Plague in India, 1896, 1897 - Volume 2
Year: 1896
Disease focus: Plague
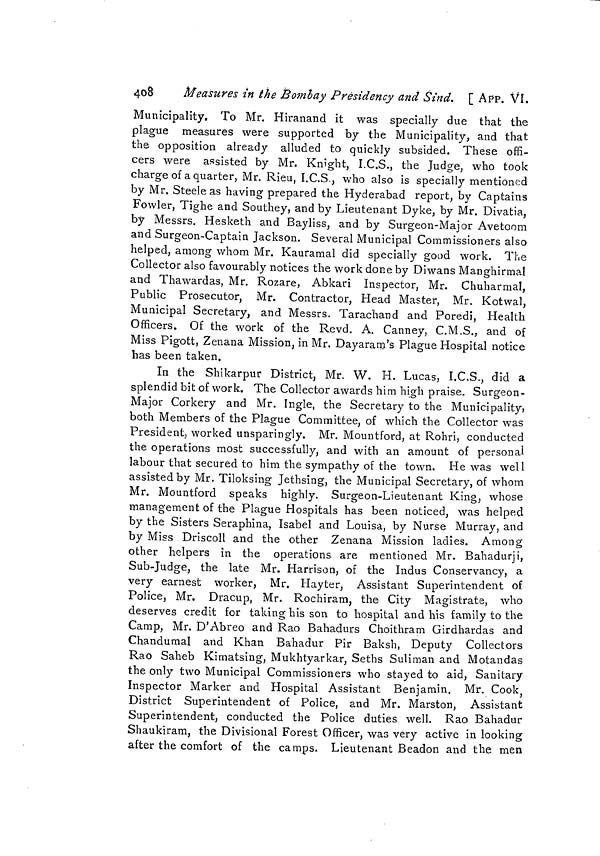
408
Measures in the Bombay Presidency and Sind. [ APP. VI.
Municipality. To Mr. Hiranand it was specially due that the
plague measures were supported by the Municipality, and that
the opposition already alluded to quickly subsided. These offi-
cers were assisted by Mr. Knight, I.C.S., the Judge, who took
charge of a quarter, Mr. Rieu, I.C.S., who also is specially mentioned
by Mr. Steele as having prepared the Hyderabad report, by Captains
Fowler, Tighe and Southey, and by Lieutenant Dyke, by Mr. Divatia,
by Messrs. Hesketh and Bayliss, and by Surgeon-Major Avetoom
and Surgeon-Captain Jackson. Several Municipal Commissioners also
helped, among whom Mr. Kauramal did specially good work. The
Collector also favourably notices the work done by Diwans Manghirmal
and Thawardas, Mr. Rozare, Abkari Inspector, Mr. Chuharmal,
Public Prosecutor, Mr. Contractor, Head Master, Mr. Kotwal,
Municipal Secretary, and Messrs. Tarachand and Poredi, Health
Officers. Of the work of the Revd. A. Canney, C.M.S., and of
Miss Pigott, Zenana Mission, in Mr. Dayaram's Plague Hospital notice
has been taken.
In the Shikarpur District, Mr. W. H. Lucas, I.C.S., did a
splendid bit of work. The Collector awards him high praise. Surgeon-
Major Corkery and Mr. Ingle, the Secretary to the Municipality,
both Members of the Plague Committee, of which the Collector was
President, worked unsparingly. Mr. Mountford, at Rohri, conducted
the operations most successfully, and with an amount of personal
labour that secured to him the sympathy of the town. He was well
assisted by Mr. Tiloksing Jethsing, the Municipal Secretary, of whom
Mr. Mountford speaks highly. Surgeon-Lieutenant King, whose
management of the Plague Hospitals has been noticed, was helped
by the Sisters Seraphina, Isabel and Louisa, by Nurse Murray, and
by Miss Driscoll and the other Zenana Mission ladies. Among
other helpers in the operations are mentioned Mr. Bahadurji,
Sub-Judge, the late Mr. Harrison, of the Indus Conservancy, a
very earnest worker, Mr. Hayter, Assistant Superintendent of
Police, Mr. Dracup, Mr. Rochiram, the City Magistrate, who
deserves credit for taking his son to hospital and his family to the
Camp, Mr. D'Abreo and Rao Bahadurs Choithram Girdhardas and
Chandumal and Khan Bahadur Pir Baksh, Deputy Collectors
Rao Saheb Kimatsing, Mukhtyarkar, Seths Suliman and Motandas
the only two Municipal Commissioners who stayed to aid, Sanitary
Inspector Marker and Hospital Assistant Benjamin. Mr. Cook }
District Superintendent of Police, and Mr. Marston, Assistant
Superintendent, conducted the Police duties well. Rao Bahadur
Shaukiram, the Divisional Forest Officer, was very active in looking
after the comfort of the camps. Lieutenant Beadon and the men